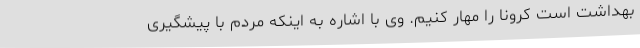
بهداشت است کرونا را مهار کنیم. وی با اشاره به اینکه مردم با پیشگیری